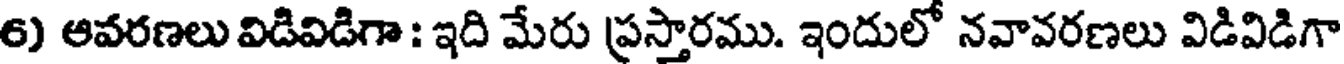
6) ఆవరణలు విడివిడిగా : ఇది మేరు ప్రస్తారము. ఇందులో నవావరణలు విడివిడిగా